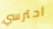
احترسي